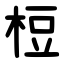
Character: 梪